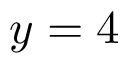
y = 4